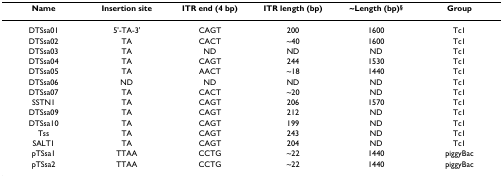
<table><thead><tr><td><b>Name</b></td><td><b>Insertion site</b></td><td><b>ITR end (4 bp)</b></td><td><b>ITR length (bp)</b></td><td><b>~Length (bp)<sup>§</sup></b></td><td><b>Group</b></td></tr></thead><tbody><tr><td>DTSsa01</td><td>5&#x27;-TA-3&#x27;</td><td>CAGT</td><td>200</td><td>1600</td><td>Tc1</td></tr><tr><td>DTSsa02</td><td>TA</td><td>CACT</td><td>~40</td><td>1600</td><td>Tc1</td></tr><tr><td>DTSsa03</td><td>TA</td><td>ND</td><td>ND</td><td>ND</td><td>Tc1</td></tr><tr><td>DTSsa04</td><td>TA</td><td>CAGT</td><td>244</td><td>1530</td><td>Tc1</td></tr><tr><td>DTSsa05</td><td>TA</td><td>AACT</td><td>~18</td><td>1440</td><td>Tc1</td></tr><tr><td>DTSsa06</td><td>ND</td><td>ND</td><td>ND</td><td>ND</td><td>Tc1</td></tr><tr><td>DTSsa07</td><td>TA</td><td>CACT</td><td>~20</td><td>ND</td><td>Tc1</td></tr><tr><td>SSTN1</td><td>TA</td><td>CAGT</td><td>206</td><td>1570</td><td>Tc1</td></tr><tr><td>DTSsa09</td><td>TA</td><td>CAGT</td><td>212</td><td>ND</td><td>Tc1</td></tr><tr><td>DTSsa10</td><td>TA</td><td>CAGT</td><td>199</td><td>ND</td><td>Tc1</td></tr><tr><td>Tss</td><td>TA</td><td>CAGT</td><td>243</td><td>ND</td><td>Tc1</td></tr><tr><td>SALT1</td><td>TA</td><td>CAGT</td><td>204</td><td>ND</td><td>Tc1</td></tr><tr><td>pTSsa1</td><td>TTAA</td><td>CCTG</td><td>~22</td><td>1440</td><td>piggyBac</td></tr><tr><td>pTSsa2</td><td>TTAA</td><td>CCTG</td><td>~22</td><td>1440</td><td>piggyBac</td></tr></tbody></table>